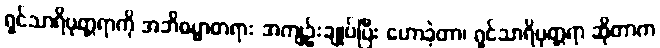
ရှင်သာရိပုတ္တရာကို အဘိဓမ္မာတရား အကျဉ်းချုပ်ပြီး ဟောခဲ့တာ၊ ရှင်သာရိပုတ္တရာ ဆိုတာက